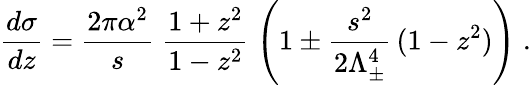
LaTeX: \frac{d\sigma}{dz}=\frac{2\pi\alpha^{2}}{s}\; \frac{1+z^{2}}{1-z^{2}}\; \left(1\pm\frac{s^{2}}{2\Lambda_{\pm}^{4}}\, (1-z^{2})\right)\; .